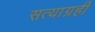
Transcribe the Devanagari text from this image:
सत्याग्रहीं